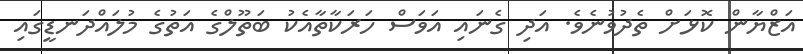
އަޒްޔާން ކޮޅަށް ތެދުވުނެވެ. އަދި ގެނައި އަވަސް ހަރަކާތާއެކު ބަތޫލްގެ އަތުގެ މުލައްދަނޑީގައި